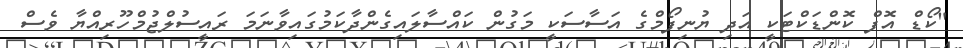
"ކޯޑް އޮފް ކޮންޑަކްޓަކީ އަދި ޔުނިފޯމްގެ އަސާސަކީ މަގުން ކައްސާލައިގެންދާކަމުގައިވާނަމަ ރައީސުލްޖުމްހޫރިއްޔާ ވެސް